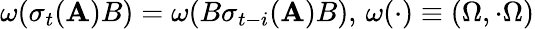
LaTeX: \omega(\sigma_{t}(\mathbf{A})B)=\omega(B\sigma_{t-i}(\mathbf{A})B),\, \omega(\cdot)\equiv\left(\Omega,\cdot\Omega\right)